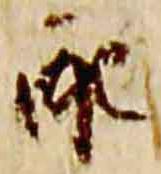
配